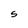
Character: S